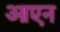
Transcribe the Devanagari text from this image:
आएन